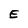
Character: E